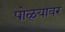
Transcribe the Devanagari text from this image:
पोळ्यावर